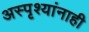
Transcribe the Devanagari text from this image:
अस्पृश्यांनाही